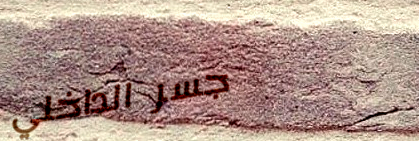
جسر الداخلي